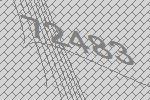
72483